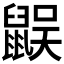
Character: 𪕜